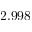
2 . 9 9 8